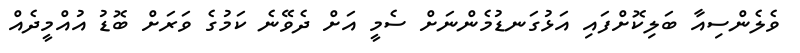
ވެލެންސިއާ ބަލިކޮށްފައި އަޅުގަނޑުމެންނަށް ސެމީ އަށް ދެވޭނެ ކަމުގެ ވަރަށް ބޮޑު އުއްމީދެއް